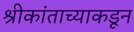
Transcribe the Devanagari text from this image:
श्रीकांताच्याकडून